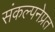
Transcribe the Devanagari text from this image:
संकल्पनेप्रत